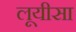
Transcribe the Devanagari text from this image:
लूयीसा